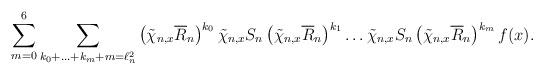
LaTeX: \begin{align*}\sum_{m=0}^{6}\sum_{k_0+\ldots+k_m+m=\ell_n^2}\left(\tilde{\chi}_{n,x}\overline{R}_n\right)^{k_0}\tilde{\chi}_{n,x}S_n\left(\tilde{\chi}_{n,x}\overline{R}_n\right)^{k_1} \ldots \tilde{\chi}_{n,x}S_n\left(\tilde{\chi}_{n,x}\overline{R}_n\right)^{k_m}f(x).\end{align*}